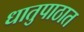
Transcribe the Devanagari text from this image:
धातुपाठात